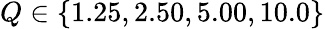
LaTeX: Q\in\{ 1.25,2.50,5.00,10.0\}